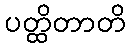
ပတ္ထိတာတိ